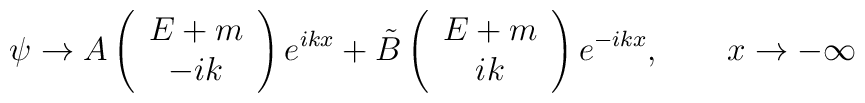
\psi \to A\left( \begin{array}{c}E+m \\ -ik\end{array}\right) e^{ikx}+\tilde{B}\left( \begin{array}{c}E+m \\ ik\end{array}\right) e^{-ikx},\qquad x\to -\infty